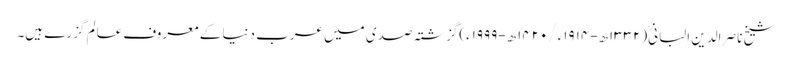
شیخ ناصر الدین البانی(۱۳۳۲ھ-۱۹۱۴ء/۱۴۲۰ھ-۱۹۹۹ء)گزشتہ صدی میں عرب دنیا کے معروف عالم گزرے ہیں۔